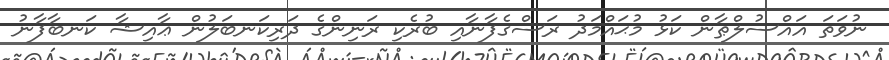
ނުވަތަ އައްސުލްޠާން ކަޅު މުޙައްމަދު ރަސްގެފާނާއި ބުރެކި ރަނިންގެ ދަރިކަނބަލުން ޢާއިޝާ ކަނބާފާނު